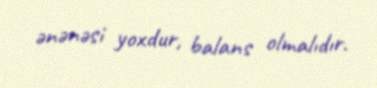
ənənəsi yoxdur, balans olmalıdır.